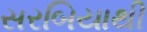
સરબિયાથી